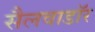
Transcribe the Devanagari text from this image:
सैलवाडॉर